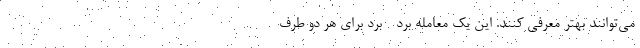
می‌توانند بهتر معرفی کنند. این یک معامله برد - برد برای هر دو طرف